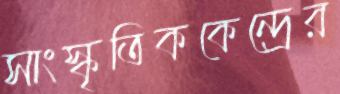
সাংস্কৃতিককেন্দ্রের